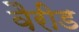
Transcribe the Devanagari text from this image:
वैरीड